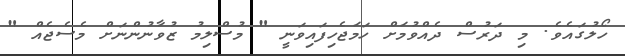
ހޯލުގައެވެ. މި ދަރުސް ދެއްވުމަށް ހަމަޖެހިފައިވަނީ " މުސްލިމު ޒުވާނުންނަށް މެސެޖެއް "